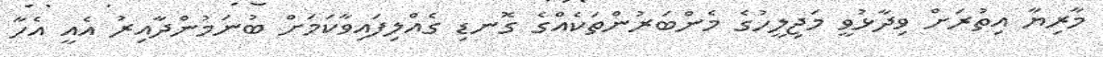
މާރިޔާ އިތުރަށް ވިދާޅުވީ މަޖިލީހުގެ މެންބަރުންތަކެއްގެ ގޮނޑި ގެއްލިފައިވާކަމަށް ބުނަމުންދާއިރު އެއީ އެހާ